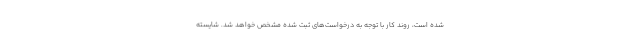
شده است، روند کار با توجه به درخواست‌های ثبت شده مشخص خواهد شد. شایسته